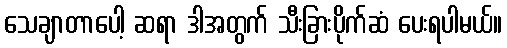
သေချာတာပေါ့ ဆရာ ဒါအတွက် သီးခြားပိုက်ဆံ ပေးရပါမယ်။